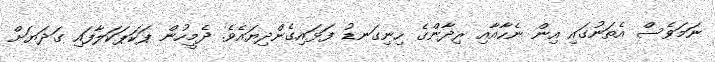
ނަމަވެސް އެތަނުގައި އިން ނެހާއާއި ރިދާންގެ ހިނިގަނޑު ފަޅައިގެންދިޔައެވެ. ދެމީހުން ޕަކަޕަކަލާފައި ގަދަޔަށް